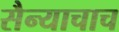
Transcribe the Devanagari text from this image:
सैन्याचाच